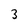
Character: 3